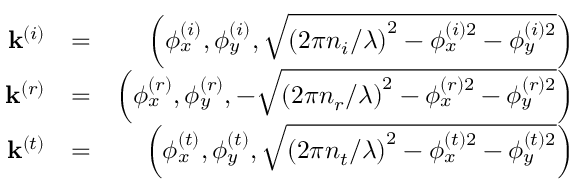
\begin{array} { r l r } { \mathbf { k } ^ { \left( i \right) } } & { = } & { \left( \phi _ { x } ^ { \left( i \right) } , \phi _ { y } ^ { \left( i \right) } , \sqrt { \left( 2 \pi n _ { i } / \lambda \right) ^ { 2 } - \phi _ { x } ^ { \left( i \right) 2 } - \phi _ { y } ^ { \left( i \right) 2 } } \right) } \\ { \mathbf { k } ^ { \left( r \right) } } & { = } & { \left( \phi _ { x } ^ { \left( r \right) } , \phi _ { y } ^ { \left( r \right) } , - \sqrt { \left( 2 \pi n _ { r } / \lambda \right) ^ { 2 } - \phi _ { x } ^ { \left( r \right) 2 } - \phi _ { y } ^ { \left( r \right) 2 } } \right) } \\ { \mathbf { k } ^ { \left( t \right) } } & { = } & { \left( \phi _ { x } ^ { \left( t \right) } , \phi _ { y } ^ { \left( t \right) } , \sqrt { \left( 2 \pi n _ { t } / \lambda \right) ^ { 2 } - \phi _ { x } ^ { \left( t \right) 2 } - \phi _ { y } ^ { \left( t \right) 2 } } \right) } \end{array}